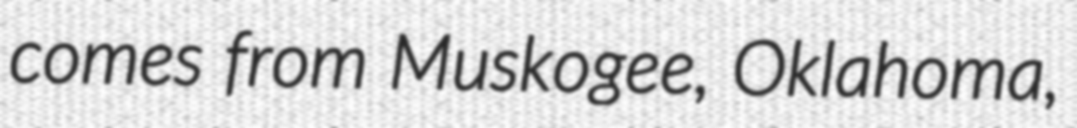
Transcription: comes from Muskogee, Oklahoma,